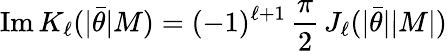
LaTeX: \mathrm{Im}\, K_{\ell}(|\bar{\theta}|M)=(-1)^{\ell+1}\, {\frac{\pi}{2}}\, J_{\ell}(|\bar{\theta}||M|)